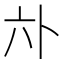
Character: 𱏳